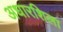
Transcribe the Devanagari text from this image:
अधारशिला